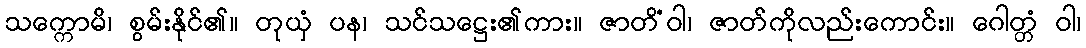
သက္ကောမိ၊ စွမ်းနိုင်၏။ တုယှံ ပန၊ သင်သဋ္ဌေး၏ကား။ ဇာတိံဝါ၊ ဇာတ်ကိုလည်းကောင်း။ ဂေါတ္တံ ဝါ၊